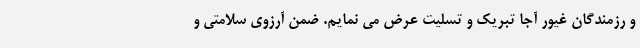
و رزمندگان غیور آجا تبریک و تسلیت عرض می نمایم. ضمن آرزوی سلامتی و